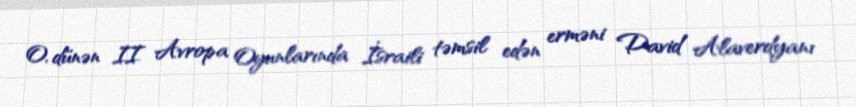
O, dünən II Avropa Oyunlarında İsraili təmsil edən erməni David Alaverdyanı